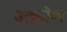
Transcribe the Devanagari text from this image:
उत्क्रोश